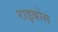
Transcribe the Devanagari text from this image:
राइबोस